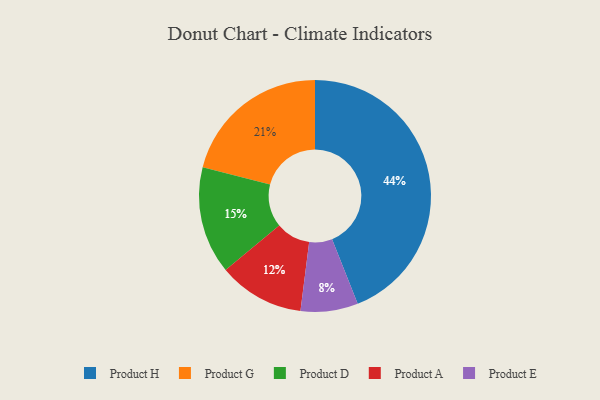
{"axis": {"x": "Category", "y": "Percentage"}, "legend": ["Product A", "Product D", "Product E", "Product G", "Product H"], "data": [{"x": "Product E", "y": 8, "type": "Product E"}, {"x": "Product D", "y": 15, "type": "Product D"}, {"x": "Product G", "y": 21, "type": "Product G"}, {"x": "Product H", "y": 44, "type": "Product H"}, {"x": "Product A", "y": 12, "type": "Product A"}]}